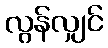
လွန်လျှင်